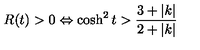
R ( t ) > 0 \Leftrightarrow \cosh ^ { 2 } t > \frac { 3 + | k | } { 2 + | k | }